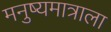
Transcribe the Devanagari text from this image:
मनुष्यमात्राला